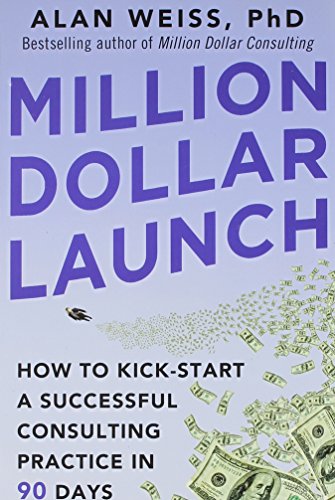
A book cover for Million Dollar Launch: How to Kick-start a Successful Consulting Practice in 90 Days; Alan Weiss; Business & Money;